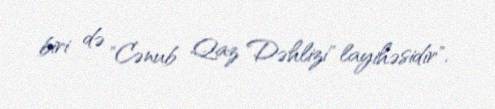
biri də "Cənub Qaz Dəhlizi" layihəsidir".